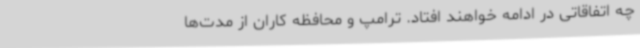
چه اتفاقاتی در ادامه خواهند افتاد. ترامپ و محافظه کاران از مدت‌ها